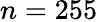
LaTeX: n=255